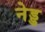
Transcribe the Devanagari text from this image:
नेड्ड